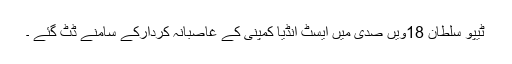
ٹیپو سلطان 18ویں صدی میں ایسٹ انڈیا کمپنی کے غاصبانہ کردارکے سامنے ڈٹ گئے ۔